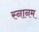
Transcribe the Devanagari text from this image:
स्नानम